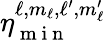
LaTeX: \eta_{\mathrm{~m~i~n~}}^{\ell,m_{\ell},\ell^{\prime},m_{\ell}^{\prime}}